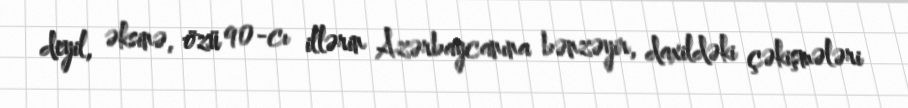
deyil, əksinə, özü 90-cı illərin Azərbaycanına bənzəyir, daxildəki çəkişmələri